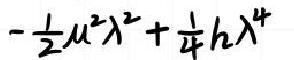
\[ -\frac{1}{2} \mu^{2} \lambda^{2}+\frac{1}{4} h \lambda^{4} \]